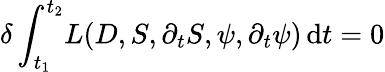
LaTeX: \delta\int_{t_{1}}^{t_{2}}\! L(D,S,\partial_{t}S,\psi,\partial_{t}\psi)\, \mathrm{d}t=0